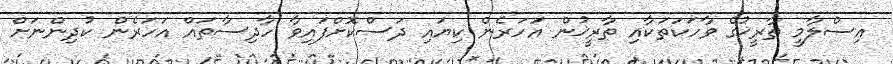
އިސްލާމީ ތާރީޚުގެ ވާހަކަތަކާއި ތާރީޚުން އަހަރެން ކިޔައި ދަސްކޮށްފައިވާ ހާދިސާތައް އަހަރެން ކުދިންނަށް